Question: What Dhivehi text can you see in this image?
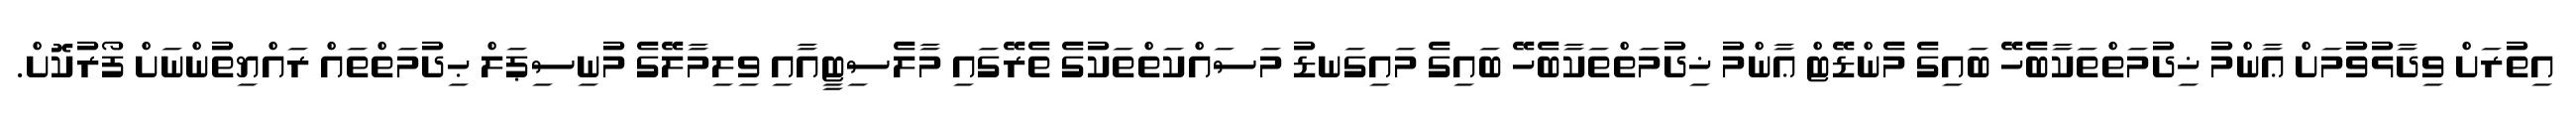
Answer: އިތުރަށް ވިދާޅުވުމަށް ޢާންމު ޚިދުމަތްތަކާބެހޭ ބައިގެ މެންޑޭޓް ޢާންމު ޚިދުމަތްތަކާބެހޭ ބައިގެ މައިގަނޑު މަސައްކަތްތަކުގެ ތެރޭގައި މާލެސިޓީއާއި ވިލިމާލޭގެ މުނިސިޕަލް ޙިދުމަތްތައް ރައްޔިތުންނަށް ފޯރުކޮށް.